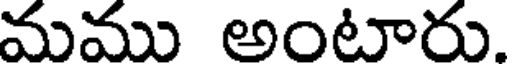
మము అంటారు.